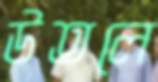
উতলে